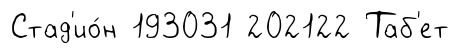
Стад'ио́н 193031 202122 Таб'ет